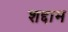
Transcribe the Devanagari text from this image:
शद्दाम